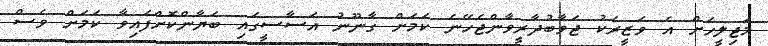
މަޖިލީހަށް އެ ވަޒީރަކު ޖަވާބުދާރީވާންޖެހޭނެ ކަމަށް ގާނޫނު އަސާސީގައި ބަޔާންކޮށްފައިވާ ކަމަށް ވެސް